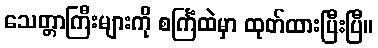
သေတ္တာကြီးများကို စင်္ကြံထဲမှာ ထုတ်ထားပြီးပြီ။